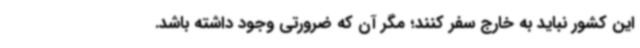
این کشور نباید به خارج سفر کنند؛ مگر آن که ضرورتی وجود داشته باشد.